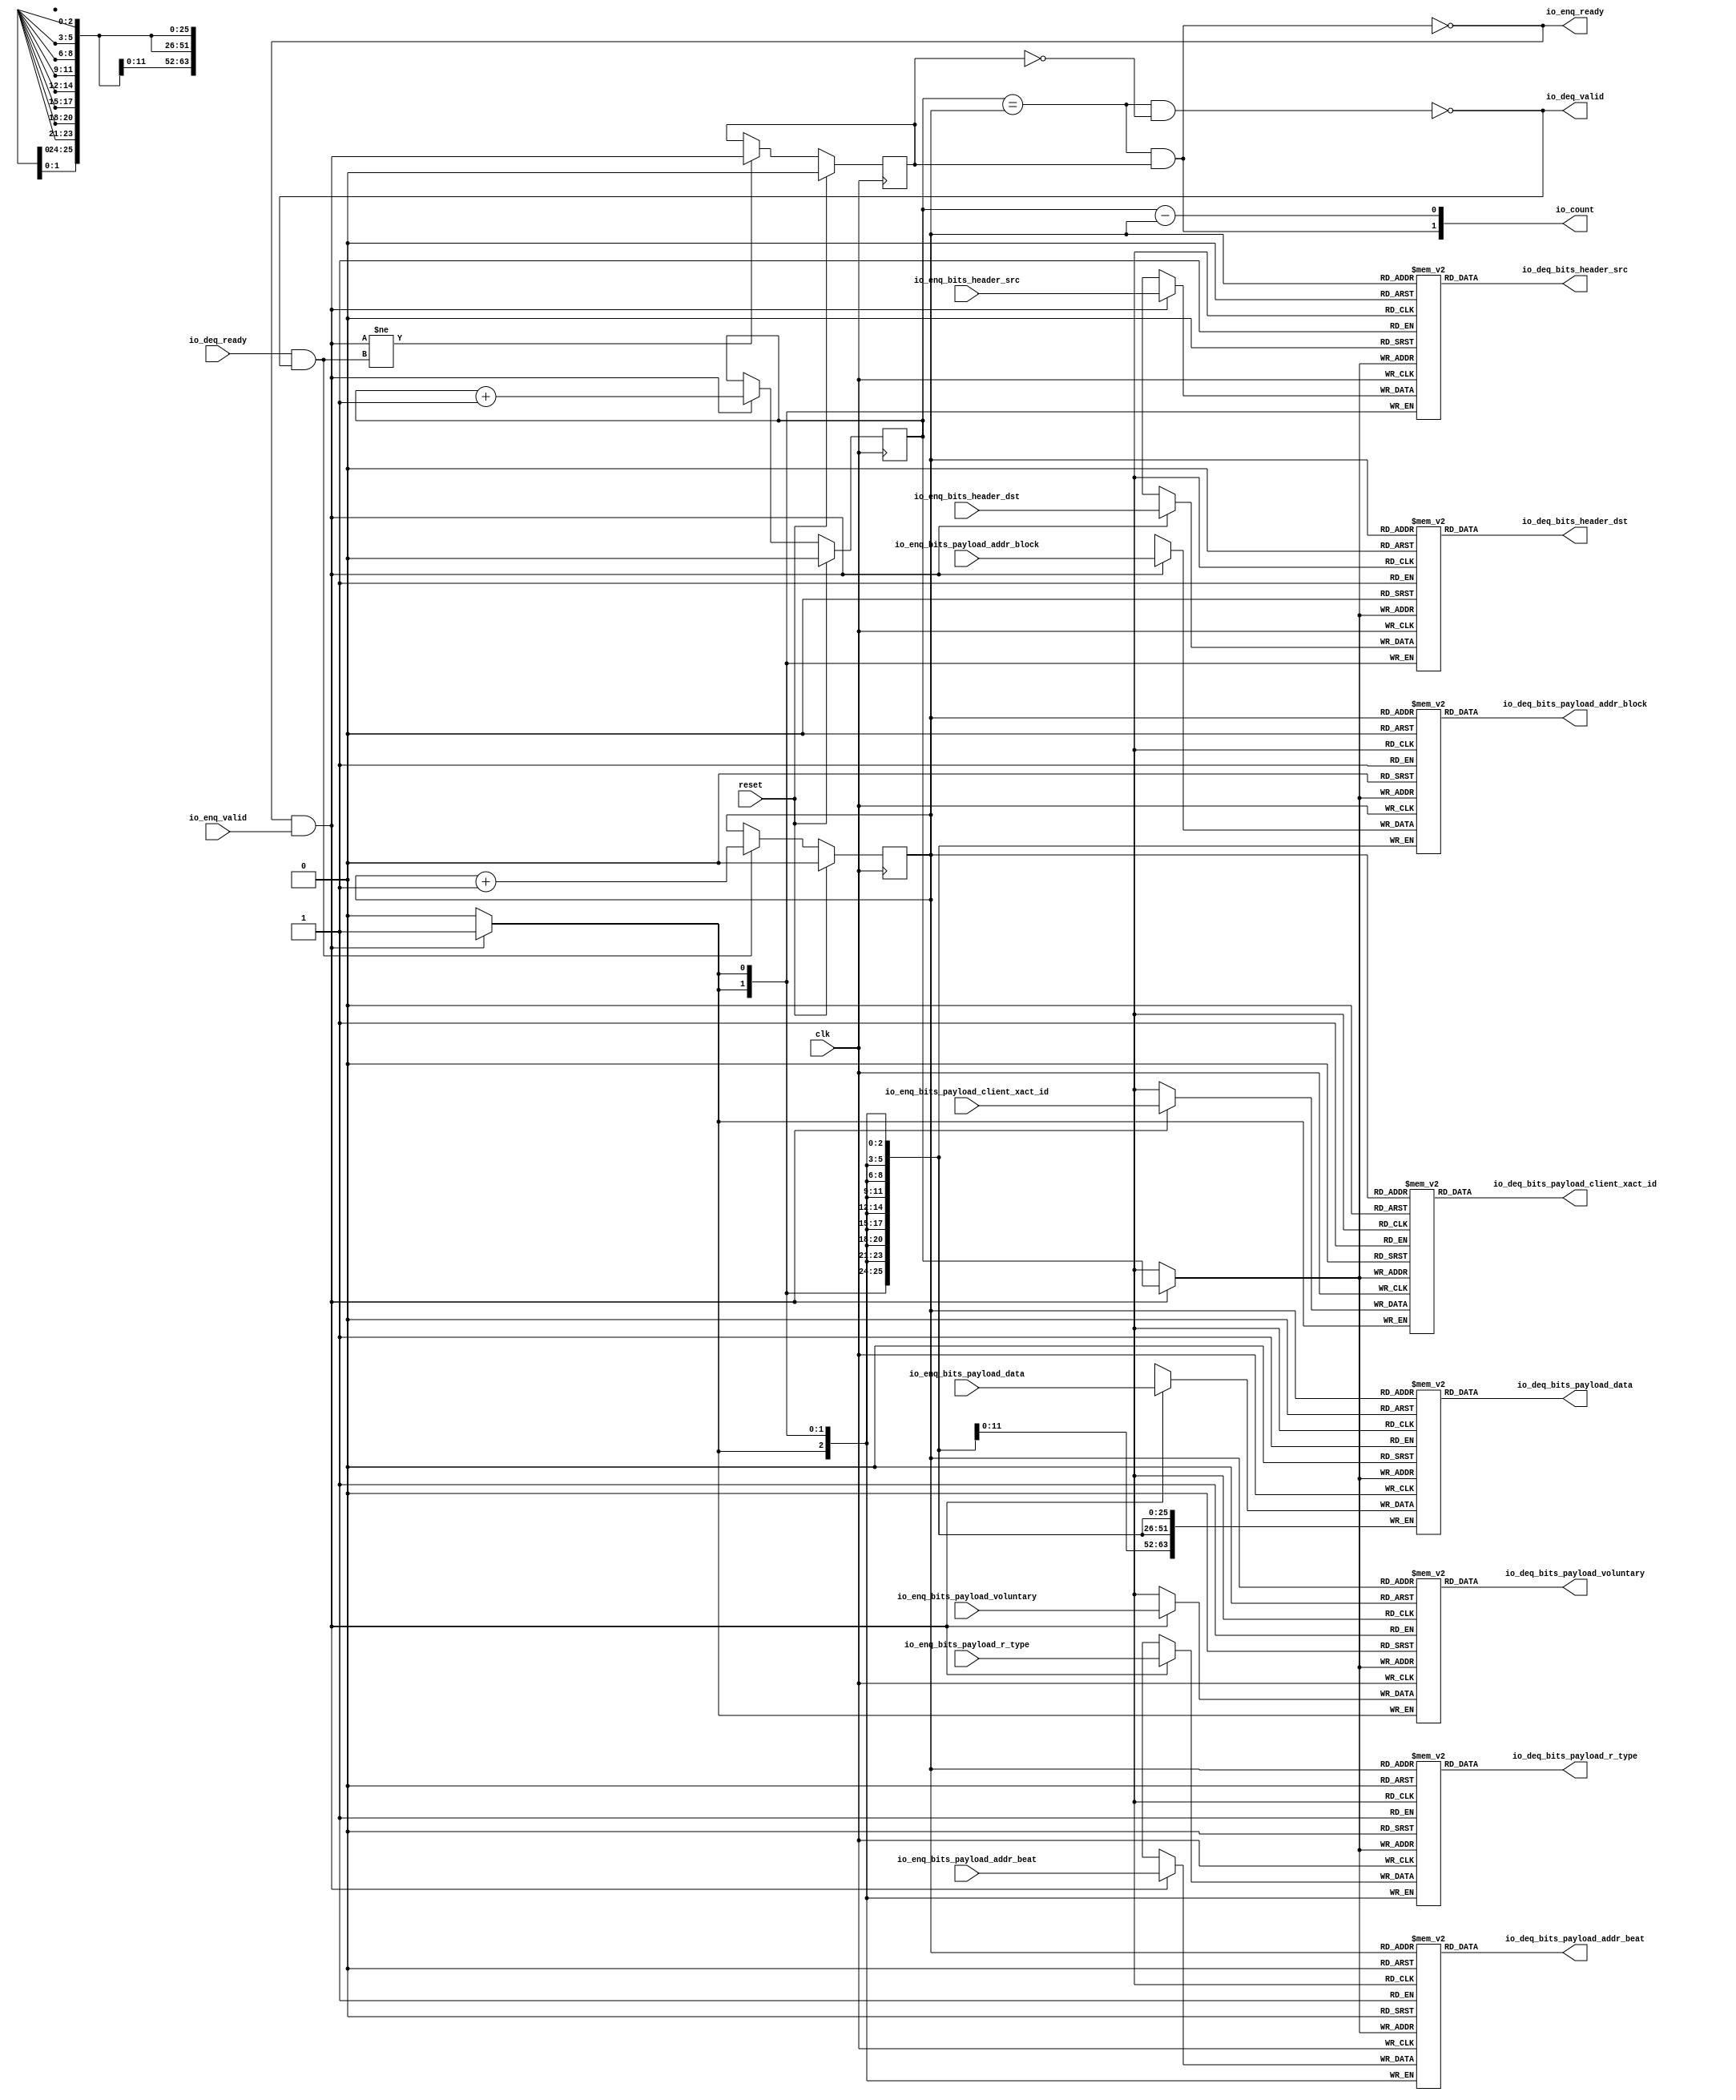
module CORERISCV_AXI4_C0_CORERISCV_AXI4_C0_0_CORERISCV_AXI4_QUEUE_2(
  input   clk,
  input   reset,
  output  io_enq_ready,
  input   io_enq_valid,
  input  [1:0] io_enq_bits_header_src,
  input  [1:0] io_enq_bits_header_dst,
  input  [2:0] io_enq_bits_payload_addr_beat,
  input  [25:0] io_enq_bits_payload_addr_block,
  input   io_enq_bits_payload_client_xact_id,
  input   io_enq_bits_payload_voluntary,
  input  [2:0] io_enq_bits_payload_r_type,
  input  [63:0] io_enq_bits_payload_data,
  input   io_deq_ready,
  output  io_deq_valid,
  output [1:0] io_deq_bits_header_src,
  output [1:0] io_deq_bits_header_dst,
  output [2:0] io_deq_bits_payload_addr_beat,
  output [25:0] io_deq_bits_payload_addr_block,
  output  io_deq_bits_payload_client_xact_id,
  output  io_deq_bits_payload_voluntary,
  output [2:0] io_deq_bits_payload_r_type,
  output [63:0] io_deq_bits_payload_data,
  output [1:0] io_count
);
  `ifdef USE_REGISTERS
    reg [1:0] ram_header_src [0:1] /* synthesis syn_ramstyle = "registers" */;
  `else
    reg [1:0] ram_header_src [0:1];
  `endif
  reg [31:0] GEN_0;
  wire [1:0] ram_header_src_T_1144_data;
  wire  ram_header_src_T_1144_addr;
  wire  ram_header_src_T_1144_en;
  wire [1:0] ram_header_src_T_1018_data;
  wire  ram_header_src_T_1018_addr;
  wire  ram_header_src_T_1018_mask;
  wire  ram_header_src_T_1018_en;
  `ifdef USE_REGISTERS
    reg [1:0] ram_header_dst [0:1] /* synthesis syn_ramstyle = "registers" */;
  `else
    reg [1:0] ram_header_dst [0:1];
  `endif
  reg [31:0] GEN_1;
  wire [1:0] ram_header_dst_T_1144_data;
  wire  ram_header_dst_T_1144_addr;
  wire  ram_header_dst_T_1144_en;
  wire [1:0] ram_header_dst_T_1018_data;
  wire  ram_header_dst_T_1018_addr;
  wire  ram_header_dst_T_1018_mask;
  wire  ram_header_dst_T_1018_en;
  `ifdef USE_REGISTERS
    reg [2:0] ram_payload_addr_beat [0:1] /* synthesis syn_ramstyle = "registers" */;
  `else
    reg [2:0] ram_payload_addr_beat [0:1];
  `endif
  reg [31:0] GEN_2;
  wire [2:0] ram_payload_addr_beat_T_1144_data;
  wire  ram_payload_addr_beat_T_1144_addr;
  wire  ram_payload_addr_beat_T_1144_en;
  wire [2:0] ram_payload_addr_beat_T_1018_data;
  wire  ram_payload_addr_beat_T_1018_addr;
  wire  ram_payload_addr_beat_T_1018_mask;
  wire  ram_payload_addr_beat_T_1018_en;
  `ifdef USE_REGISTERS
    reg [25:0] ram_payload_addr_block [0:1] /* synthesis syn_ramstyle = "registers" */;
  `else
    reg [25:0] ram_payload_addr_block [0:1];
  `endif
  reg [31:0] GEN_3;
  wire [25:0] ram_payload_addr_block_T_1144_data;
  wire  ram_payload_addr_block_T_1144_addr;
  wire  ram_payload_addr_block_T_1144_en;
  wire [25:0] ram_payload_addr_block_T_1018_data;
  wire  ram_payload_addr_block_T_1018_addr;
  wire  ram_payload_addr_block_T_1018_mask;
  wire  ram_payload_addr_block_T_1018_en;
  reg  ram_payload_client_xact_id [0:1];
  reg [31:0] GEN_4;
  wire  ram_payload_client_xact_id_T_1144_data;
  wire  ram_payload_client_xact_id_T_1144_addr;
  wire  ram_payload_client_xact_id_T_1144_en;
  wire  ram_payload_client_xact_id_T_1018_data;
  wire  ram_payload_client_xact_id_T_1018_addr;
  wire  ram_payload_client_xact_id_T_1018_mask;
  wire  ram_payload_client_xact_id_T_1018_en;
  reg  ram_payload_voluntary [0:1];
  reg [31:0] GEN_5;
  wire  ram_payload_voluntary_T_1144_data;
  wire  ram_payload_voluntary_T_1144_addr;
  wire  ram_payload_voluntary_T_1144_en;
  wire  ram_payload_voluntary_T_1018_data;
  wire  ram_payload_voluntary_T_1018_addr;
  wire  ram_payload_voluntary_T_1018_mask;
  wire  ram_payload_voluntary_T_1018_en;
  `ifdef USE_REGISTERS
    reg [2:0] ram_payload_r_type [0:1] /* synthesis syn_ramstyle = "registers" */;
  `else
    reg [2:0] ram_payload_r_type [0:1];
  `endif
  reg [31:0] GEN_6;
  wire [2:0] ram_payload_r_type_T_1144_data;
  wire  ram_payload_r_type_T_1144_addr;
  wire  ram_payload_r_type_T_1144_en;
  wire [2:0] ram_payload_r_type_T_1018_data;
  wire  ram_payload_r_type_T_1018_addr;
  wire  ram_payload_r_type_T_1018_mask;
  wire  ram_payload_r_type_T_1018_en;
  `ifdef USE_REGISTERS
    reg [63:0] ram_payload_data [0:1] /* synthesis syn_ramstyle = "registers" */;
  `else
    reg [63:0] ram_payload_data [0:1];
  `endif
  reg [63:0] GEN_7;
  wire [63:0] ram_payload_data_T_1144_data;
  wire  ram_payload_data_T_1144_addr;
  wire  ram_payload_data_T_1144_en;
  wire [63:0] ram_payload_data_T_1018_data;
  wire  ram_payload_data_T_1018_addr;
  wire  ram_payload_data_T_1018_mask;
  wire  ram_payload_data_T_1018_en;
  reg  T_1010;
  reg [31:0] GEN_8;
  reg  T_1012;
  reg [31:0] GEN_9;
  reg  maybe_full;
  reg [31:0] GEN_10;
  wire  ptr_match;
  wire  T_1015;
  wire  empty;
  wire  full;
  wire  T_1016;
  wire  do_enq;
  wire  T_1017;
  wire  do_deq;
  wire [1:0] T_1132;
  wire  T_1133;
  wire  GEN_19;
  wire [1:0] T_1137;
  wire  T_1138;
  wire  GEN_20;
  wire  T_1139;
  wire  GEN_21;
  wire  T_1141;
  wire  T_1143;
  wire [1:0] T_1255;
  wire  ptr_diff;
  wire  T_1256;
  wire [1:0] T_1257;
  assign io_enq_ready = T_1143;
  assign io_deq_valid = T_1141;
  assign io_deq_bits_header_src = ram_header_src_T_1144_data;
  assign io_deq_bits_header_dst = ram_header_dst_T_1144_data;
  assign io_deq_bits_payload_addr_beat = ram_payload_addr_beat_T_1144_data;
  assign io_deq_bits_payload_addr_block = ram_payload_addr_block_T_1144_data;
  assign io_deq_bits_payload_client_xact_id = ram_payload_client_xact_id_T_1144_data;
  assign io_deq_bits_payload_voluntary = ram_payload_voluntary_T_1144_data;
  assign io_deq_bits_payload_r_type = ram_payload_r_type_T_1144_data;
  assign io_deq_bits_payload_data = ram_payload_data_T_1144_data;
  assign io_count = T_1257;
  assign ram_header_src_T_1144_addr = T_1012;
  assign ram_header_src_T_1144_en = 1'h1;
  assign ram_header_src_T_1144_data = ram_header_src[ram_header_src_T_1144_addr];
  assign ram_header_src_T_1018_data = io_enq_bits_header_src;
  assign ram_header_src_T_1018_addr = T_1010;
  assign ram_header_src_T_1018_mask = do_enq;
  assign ram_header_src_T_1018_en = do_enq;
  assign ram_header_dst_T_1144_addr = T_1012;
  assign ram_header_dst_T_1144_en = 1'h1;
  assign ram_header_dst_T_1144_data = ram_header_dst[ram_header_dst_T_1144_addr];
  assign ram_header_dst_T_1018_data = io_enq_bits_header_dst;
  assign ram_header_dst_T_1018_addr = T_1010;
  assign ram_header_dst_T_1018_mask = do_enq;
  assign ram_header_dst_T_1018_en = do_enq;
  assign ram_payload_addr_beat_T_1144_addr = T_1012;
  assign ram_payload_addr_beat_T_1144_en = 1'h1;
  assign ram_payload_addr_beat_T_1144_data = ram_payload_addr_beat[ram_payload_addr_beat_T_1144_addr];
  assign ram_payload_addr_beat_T_1018_data = io_enq_bits_payload_addr_beat;
  assign ram_payload_addr_beat_T_1018_addr = T_1010;
  assign ram_payload_addr_beat_T_1018_mask = do_enq;
  assign ram_payload_addr_beat_T_1018_en = do_enq;
  assign ram_payload_addr_block_T_1144_addr = T_1012;
  assign ram_payload_addr_block_T_1144_en = 1'h1;
  assign ram_payload_addr_block_T_1144_data = ram_payload_addr_block[ram_payload_addr_block_T_1144_addr];
  assign ram_payload_addr_block_T_1018_data = io_enq_bits_payload_addr_block;
  assign ram_payload_addr_block_T_1018_addr = T_1010;
  assign ram_payload_addr_block_T_1018_mask = do_enq;
  assign ram_payload_addr_block_T_1018_en = do_enq;
  assign ram_payload_client_xact_id_T_1144_addr = T_1012;
  assign ram_payload_client_xact_id_T_1144_en = 1'h1;
  assign ram_payload_client_xact_id_T_1144_data = ram_payload_client_xact_id[ram_payload_client_xact_id_T_1144_addr];
  assign ram_payload_client_xact_id_T_1018_data = io_enq_bits_payload_client_xact_id;
  assign ram_payload_client_xact_id_T_1018_addr = T_1010;
  assign ram_payload_client_xact_id_T_1018_mask = do_enq;
  assign ram_payload_client_xact_id_T_1018_en = do_enq;
  assign ram_payload_voluntary_T_1144_addr = T_1012;
  assign ram_payload_voluntary_T_1144_en = 1'h1;
  assign ram_payload_voluntary_T_1144_data = ram_payload_voluntary[ram_payload_voluntary_T_1144_addr];
  assign ram_payload_voluntary_T_1018_data = io_enq_bits_payload_voluntary;
  assign ram_payload_voluntary_T_1018_addr = T_1010;
  assign ram_payload_voluntary_T_1018_mask = do_enq;
  assign ram_payload_voluntary_T_1018_en = do_enq;
  assign ram_payload_r_type_T_1144_addr = T_1012;
  assign ram_payload_r_type_T_1144_en = 1'h1;
  assign ram_payload_r_type_T_1144_data = ram_payload_r_type[ram_payload_r_type_T_1144_addr];
  assign ram_payload_r_type_T_1018_data = io_enq_bits_payload_r_type;
  assign ram_payload_r_type_T_1018_addr = T_1010;
  assign ram_payload_r_type_T_1018_mask = do_enq;
  assign ram_payload_r_type_T_1018_en = do_enq;
  assign ram_payload_data_T_1144_addr = T_1012;
  assign ram_payload_data_T_1144_en = 1'h1;
  assign ram_payload_data_T_1144_data = ram_payload_data[ram_payload_data_T_1144_addr];
  assign ram_payload_data_T_1018_data = io_enq_bits_payload_data;
  assign ram_payload_data_T_1018_addr = T_1010;
  assign ram_payload_data_T_1018_mask = do_enq;
  assign ram_payload_data_T_1018_en = do_enq;
  assign ptr_match = T_1010 == T_1012;
  assign T_1015 = maybe_full == 1'h0;
  assign empty = ptr_match & T_1015;
  assign full = ptr_match & maybe_full;
  assign T_1016 = io_enq_ready & io_enq_valid;
  assign do_enq = T_1016;
  assign T_1017 = io_deq_ready & io_deq_valid;
  assign do_deq = T_1017;
  assign T_1132 = T_1010 + 1'h1;
  assign T_1133 = T_1132[0:0];
  assign GEN_19 = do_enq ? T_1133 : T_1010;
  assign T_1137 = T_1012 + 1'h1;
  assign T_1138 = T_1137[0:0];
  assign GEN_20 = do_deq ? T_1138 : T_1012;
  assign T_1139 = do_enq != do_deq;
  assign GEN_21 = T_1139 ? do_enq : maybe_full;
  assign T_1141 = empty == 1'h0;
  assign T_1143 = full == 1'h0;
  assign T_1255 = T_1010 - T_1012;
  assign ptr_diff = T_1255[0:0];
  assign T_1256 = maybe_full & ptr_match;
  assign T_1257 = {T_1256,ptr_diff};
`ifdef RANDOMIZE
  integer initvar;
  initial begin
    `ifndef verilator
      #0.002;
    `endif
  GEN_0 = {1{$random}};
  `ifdef RANDOMIZE
  for (initvar = 0; initvar < 2; initvar = initvar+1)
    ram_header_src[initvar] = GEN_0[1:0];
  `endif
  GEN_1 = {1{$random}};
  `ifdef RANDOMIZE
  for (initvar = 0; initvar < 2; initvar = initvar+1)
    ram_header_dst[initvar] = GEN_1[1:0];
  `endif
  GEN_2 = {1{$random}};
  `ifdef RANDOMIZE
  for (initvar = 0; initvar < 2; initvar = initvar+1)
    ram_payload_addr_beat[initvar] = GEN_2[2:0];
  `endif
  GEN_3 = {1{$random}};
  `ifdef RANDOMIZE
  for (initvar = 0; initvar < 2; initvar = initvar+1)
    ram_payload_addr_block[initvar] = GEN_3[25:0];
  `endif
  GEN_4 = {1{$random}};
  `ifdef RANDOMIZE
  for (initvar = 0; initvar < 2; initvar = initvar+1)
    ram_payload_client_xact_id[initvar] = GEN_4[0:0];
  `endif
  GEN_5 = {1{$random}};
  `ifdef RANDOMIZE
  for (initvar = 0; initvar < 2; initvar = initvar+1)
    ram_payload_voluntary[initvar] = GEN_5[0:0];
  `endif
  GEN_6 = {1{$random}};
  `ifdef RANDOMIZE
  for (initvar = 0; initvar < 2; initvar = initvar+1)
    ram_payload_r_type[initvar] = GEN_6[2:0];
  `endif
  GEN_7 = {2{$random}};
  `ifdef RANDOMIZE
  for (initvar = 0; initvar < 2; initvar = initvar+1)
    ram_payload_data[initvar] = GEN_7[63:0];
  `endif
  `ifdef RANDOMIZE
  GEN_8 = {1{$random}};
  T_1010 = GEN_8[0:0];
  `endif
  `ifdef RANDOMIZE
  GEN_9 = {1{$random}};
  T_1012 = GEN_9[0:0];
  `endif
  `ifdef RANDOMIZE
  GEN_10 = {1{$random}};
  maybe_full = GEN_10[0:0];
  `endif
  end
`endif
  always @(posedge clk) begin
    if(ram_header_src_T_1018_en & ram_header_src_T_1018_mask) begin
      ram_header_src[ram_header_src_T_1018_addr] <= ram_header_src_T_1018_data;
    end
    if(ram_header_dst_T_1018_en & ram_header_dst_T_1018_mask) begin
      ram_header_dst[ram_header_dst_T_1018_addr] <= ram_header_dst_T_1018_data;
    end
    if(ram_payload_addr_beat_T_1018_en & ram_payload_addr_beat_T_1018_mask) begin
      ram_payload_addr_beat[ram_payload_addr_beat_T_1018_addr] <= ram_payload_addr_beat_T_1018_data;
    end
    if(ram_payload_addr_block_T_1018_en & ram_payload_addr_block_T_1018_mask) begin
      ram_payload_addr_block[ram_payload_addr_block_T_1018_addr] <= ram_payload_addr_block_T_1018_data;
    end
    if(ram_payload_client_xact_id_T_1018_en & ram_payload_client_xact_id_T_1018_mask) begin
      ram_payload_client_xact_id[ram_payload_client_xact_id_T_1018_addr] <= ram_payload_client_xact_id_T_1018_data;
    end
    if(ram_payload_voluntary_T_1018_en & ram_payload_voluntary_T_1018_mask) begin
      ram_payload_voluntary[ram_payload_voluntary_T_1018_addr] <= ram_payload_voluntary_T_1018_data;
    end
    if(ram_payload_r_type_T_1018_en & ram_payload_r_type_T_1018_mask) begin
      ram_payload_r_type[ram_payload_r_type_T_1018_addr] <= ram_payload_r_type_T_1018_data;
    end
    if(ram_payload_data_T_1018_en & ram_payload_data_T_1018_mask) begin
      ram_payload_data[ram_payload_data_T_1018_addr] <= ram_payload_data_T_1018_data;
    end
    if(reset) begin
      T_1010 <= 1'h0;
    end else begin
      if(do_enq) begin
        T_1010 <= T_1133;
      end
    end
    if(reset) begin
      T_1012 <= 1'h0;
    end else begin
      if(do_deq) begin
        T_1012 <= T_1138;
      end
    end
    if(reset) begin
      maybe_full <= 1'h0;
    end else begin
      if(T_1139) begin
        maybe_full <= do_enq;
      end
    end
  end
endmodule